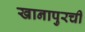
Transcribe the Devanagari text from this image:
खानापुरची